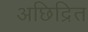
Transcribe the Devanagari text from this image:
अछिद्रित